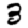
Digit: 3